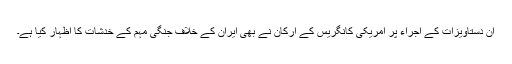
اِن دستاویزات کے اجراء پر امریکی کانگریس کے ارکان نے بھی ایران کے خلاف جنگی مہم کے خدشات کا اظہار کیا ہے۔